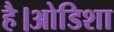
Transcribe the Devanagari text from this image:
है।ओडिशा